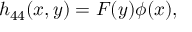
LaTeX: h _ { 4 4 } ( x , y ) = F ( y ) \phi ( x ) ,